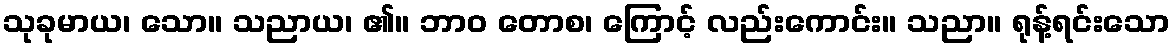
သုခုမာယ၊ သော။ သညာယ၊ ၏။ ဘာဝ တောစ၊ ကြောင့် လည်းကောင်း။ သညာ။ ရုန့်ရင်းသော